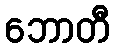
ဘောတီ